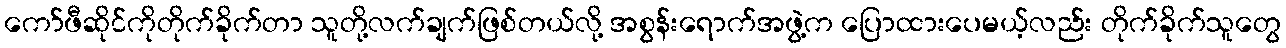
ကော်ဖီဆိုင်ကိုတိုက်ခိုက်တာ သူတို့လက်ချက်ဖြစ်တယ်လို့ အစွန်းရောက်အဖွဲ့က ပြောထားပေမယ့်လည်း တိုက်ခိုက်သူတွေ